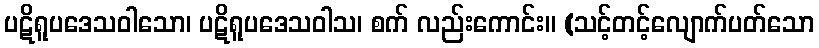
ပဋိရူပဒေသဝါသော၊ ပဋိရူပဒေသဝါသ၊ စက် လည်းကောင်း။ (သင့်တင့်လျောက်ပတ်သော